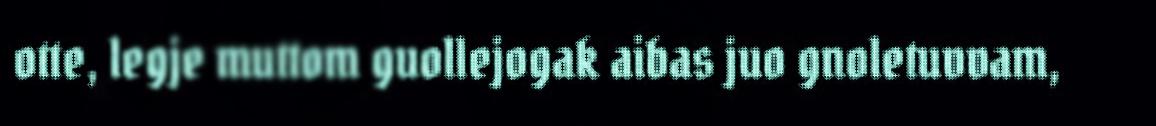
otte, legje muttom guollejogak aibas juo gnoletuvvam,